Sketch of the medical history of the native army of Bombay, for the year
Year: 1872
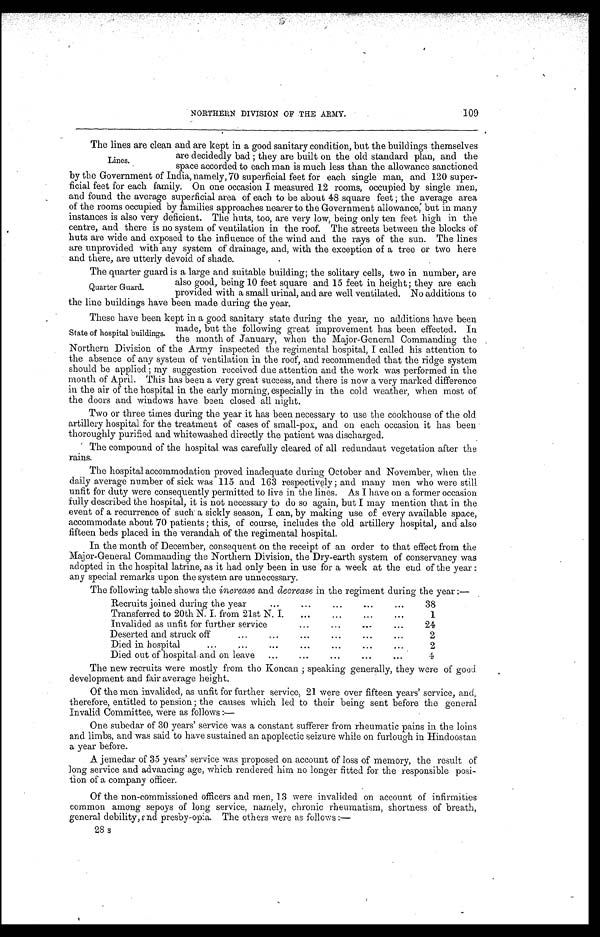
109
NORTHERN DIVISION OF THE ARMY.
The lines are clean and are kept in a good sanitary condition, but the buildings themselves
are decidedly bad ; they are built on the old standard plan, and the
space accorded to each man is much less than the allowance sanctioned
by the Government of India, namely, 70 superficial feet for each single man, and 120 super
-ficial feet for each family. On one occasion I measured 12 rooms, occupied by single men,
and found the average superficial area of each to be about 48 square feet; the average area
of the rooms occupied by families approaches nearer to the Government allowance, but in many
instances is also very deficient. The huts, too, are very low, being only ten feet high in the
centre, and there is no system of ventilation in the roof. The streets between the blocks of
huts are wide and exposed to the influence of the wind and the rays of the sun. The lines
are unprovided with any system of drainage, and, with the exception of a tree or two here
and there, are utterly devoid of shade.
The quarter guard is a large and suitable building; the solitary cells, two in number, are
also good, being 10 feet square and 15 feet in height; they are each
provided with a small urinal, and are well ventilated. No additions to
the line buildings have been made during the year.
These have been kept in a good sanitary state during the year, no additions have been
made, but the following great improvement has been effected. In
the month of January, when the Major-General Commanding the
Northern Division of the Army inspected the regimental hospital, I called his attention to
the absence of any system of ventilation in the roof, and recommended that the ridge system
should be applied ; my suggestion received due attention and the work was performed in the
month of April. This has been a very great success, and there is now a very marked difference
in the air of the hospital in the early morning, especially in the cold weather, when most of
the doors and windows have been closed all night.
Two or three times during the year it has been necessary to use the cookhouse of the old
artillery hospital for the treatment of cases of small-pox, and on each occasion it has been
thoroughly purified and whitewashed directly the patient was discharged.
The compound of the hospital was carefully cleared of all redundant vegetation after the
rains.
The hospital accommodation proved inadequate during October and November, when the
daily average number of sick was 115 and 163 respectively ; and many men who were still
unfit for duty were consequently permitted to live in the lines. As I have on a former occasion
fully described the hospital, it is not necessary to do so again, but I may mention that in the
event of a recurrence of such a sickly season, I can, by making use of every available space,
accommodate about 70 patients ; this, of course, includes the old artillery hospital, and also
fifteen beds placed in the verandah of the regimental hospital.
In the month of December, consequent on the receipt of an order to that effect from the
Major-General Commanding the Northern Division, the Dry-earth system of conservancy was
adopted in the hospital latrine, as it had only been in use for a week at the end of the year :
any special remarks upon the system are unnecessary.
The following table shows the increase and decrease in the regiment during the year :—
Recruits joined during the year . . .
38
Transferred to 20th N. I. from 21st N. I. . . .
1
Invalided as unfit for further service . . .
24
Deserted and struck off . . .
2
Died in hospital . . .
2
Died out of hospital and on leave . . .
4
The new recruits were mostly from tho Koncan; speaking generally, they were of good
development and fair average height.
Of the men invalided, as unfit for further service, 21 were over fifteen years' service, and,
therefore, entitled to pension ; the causes which led to their being sent before the general
Invalid Committee, were as follows :
—
One subedar of 30 years' service was a constant sufferer from rheumatic pains in the loins
and limbs, and was said to have sustained an apoplectic seizure while on furlough in Hindoostan
a year before.
A jemedar of 35 years' service was proposed on account of loss of memory, the result of
long service and advancing age, which rendered him no longer fitted for the responsible posi
- t i o n o f a c o m p a n y o f f i c e r .
Of the non-commissioned officers and men, 13 were invalided on account of infirmities
common among sepoys of long service, namely, chronic rheumatism, shortness of breath,
general debility, and presby-opia. The others were as follows :—
Lines.
Quarter Guard.
State of hospital buildings.
28 s